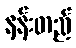
နန်းတည်